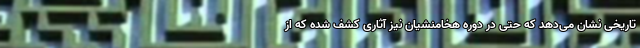
تاریخی نشان می‌دهد که حتی در دوره هخامنشیان نیز آثاری کشف شده که از